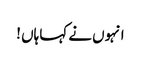
انہوں نے کہا ہاں !